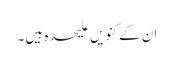
ان کے کنویں علیحدہ ہیں۔